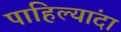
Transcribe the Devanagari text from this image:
पाहिल्यांदा